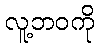
လူ့ဘဝကို